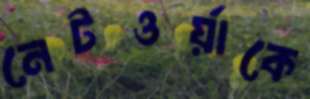
নেটওর্য়াকে